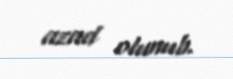
azad olunub.